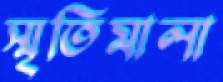
স্মৃতিমালা